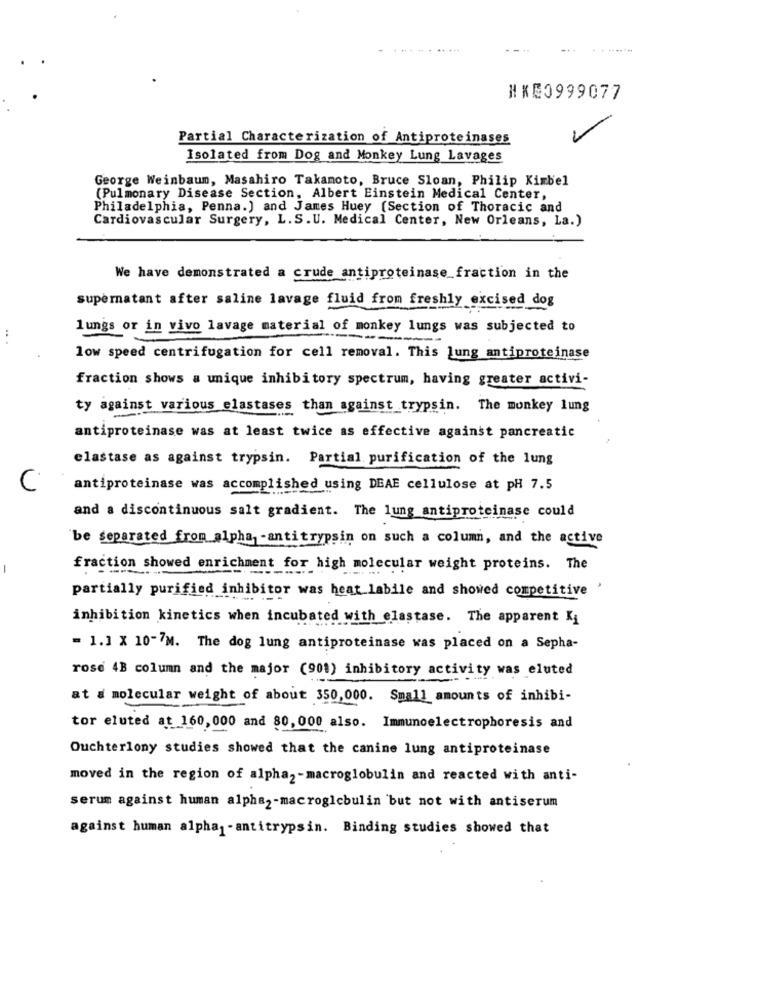
...
#XE0999077
Partial Characterization of Antiproteinases
Isolated from Dog and Monkey Lung Lavages
George Weinbaum, Masahiro Takamoto, Bruce Sloan, Philip Kimbel
(Pulmonary Disease Section, Albert Einstein Medical Center,
Philadelphia, Penna.) and James Huey (Section of Thoracic and
Cardiovascular Surgery, L.S.U. Medical Center, New Orleans, La.)
We have demonstrated a crude antiproteinase_fraction in the
supernatant after saline lavage fluid from freshly excised dog
lungs or in vivo lavage material of monkey lungs was subjected to
..
low speed centrifugation for cell removal. This lung antiproteinase
fraction shows a unique inhibitory spectrum, having greater activi-
ty against various elastases than against_trypsin. The monkey lung
antiproteinase was at least twice as effective against pancreatic
elastase as against trypsin. Partial purification of the lung
C
antiproteinase was accomplishe
ished using DEAE cellulose at pH 7.5
and a discontinuous salt gradient. The lung antiproteinase could
be separated from_alpha -antitrypsin on such a column, and the active
fraction showed enrichment for high molecular weight proteins. The
partially purified inhibitor was heat labile and showed competitive
inhibition kinetics when incubated with elastase. The apparent Ki
= 1.1 X 10-7M. The dog lung antiproteinase was placed on a Sepha-
rose 4B column and the major (901) inhibitory activity was eluted
at a molecular weight of about 350,000. Small amounts of inhibi-
tor eluted at 160,000 and 80, 000 also. Immunoelectrophoresis and
Ouchterlony studies showed that the canine lung antiproteinase
moved in the region of alpha2-macroglobulin and reacted with anti-
serum against human alpha2-macroglcbulin but not with antiserum
against human alpha1 - antitrypsin. Binding studies showed that